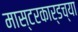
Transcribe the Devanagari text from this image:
मास्टरकार्डच्या